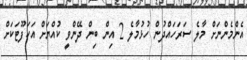
އެންމެންނަށް މާލެ ސަރަހައްދުން ހުޅުމާލެ 2 އިން ބިން ދޭންވީ ކުއްޔަށް އަކަފޫޓަކަށް